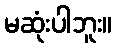
မဆုံးပါဘူး။